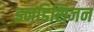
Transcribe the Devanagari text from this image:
इनडिसिजन